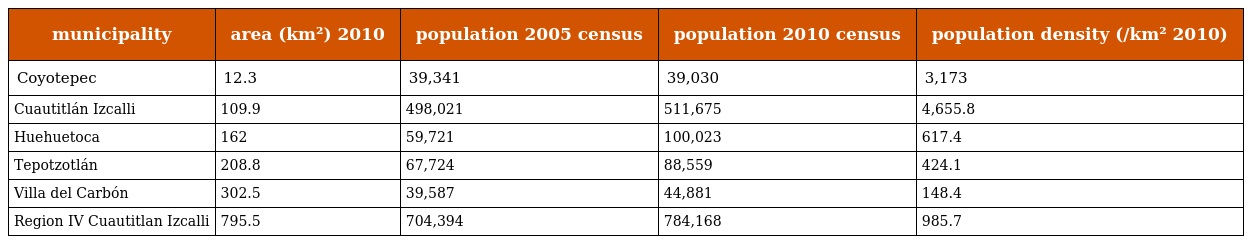
| municipality | area (km²) 2010 | population 2005 census | population 2010 census | population density (/km² 2010) |
 | --- | --- | --- | --- | --- |
 | Coyotepec | 12.3 | 39,341 | 39,030 | 3,173 |
 | Cuautitlán Izcalli | 109.9 | 498,021 | 511,675 | 4,655.8 |
 | Huehuetoca | 162 | 59,721 | 100,023 | 617.4 |
 | Tepotzotlán | 208.8 | 67,724 | 88,559 | 424.1 |
 | Villa del Carbón | 302.5 | 39,587 | 44,881 | 148.4 |
 | Region IV Cuautitlan Izcalli | 795.5 | 704,394 | 784,168 | 985.7 |